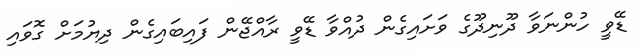
ޑޭވީ ހުންނަވާ ދޫނިދޫގެ ވަށައިގެން ދުއްވާ ޑޭވީ ރާއްޖޭން ފައިބައިގެން ދިޔުމަށް ގޮވައި